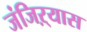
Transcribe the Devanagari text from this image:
जंजिऱ्यास